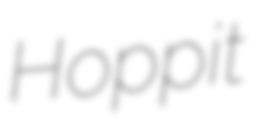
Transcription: Hoppit